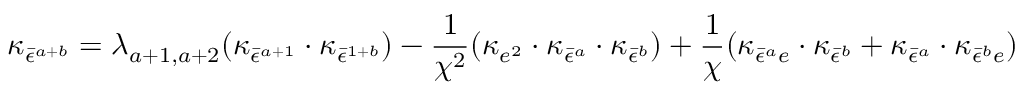
\kappa _ { \bar { \epsilon } ^ { a + b } } = \lambda _ { a + 1 , a + 2 } ( \kappa _ { \bar { \epsilon } ^ { a + 1 } } \cdot \kappa _ { \bar { \epsilon } ^ { 1 + b } } ) - \frac { 1 } { \chi ^ { 2 } } ( \kappa _ { e ^ { 2 } } \cdot \kappa _ { \bar { \epsilon } ^ { a } } \cdot \kappa _ { \bar { \epsilon } ^ { b } } ) + \frac { 1 } { \chi } ( \kappa _ { \bar { \epsilon } ^ { a } e } \cdot \kappa _ { \bar { \epsilon } ^ { b } } + \kappa _ { \bar { \epsilon } ^ { a } } \cdot \kappa _ { \bar { \epsilon } ^ { b } e } )